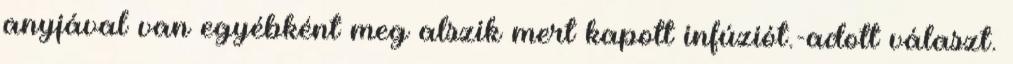
anyjával van egyébként meg alszik mert kapott infúziót.-adott választ.